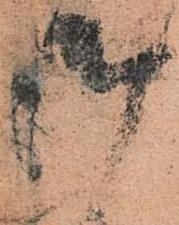
御